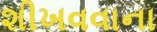
શીખવવાના